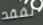
نفقد